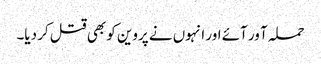
حملہ آ ور آئے اور انہوں نے پروین کو بھی قتل کر دیا۔